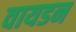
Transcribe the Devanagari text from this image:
वायडन